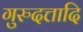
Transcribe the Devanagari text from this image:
गुरुदत्तादि